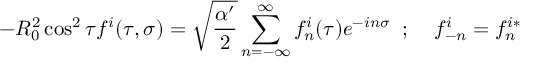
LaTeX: - R _ { 0 } ^ { 2 } \cos ^ { 2 } \tau f ^ { i } ( \tau , \sigma ) = \sqrt { \frac { \alpha ^ { \prime } } { 2 } } \sum _ { n = - \infty } ^ { \infty } f _ { n } ^ { i } ( \tau ) e ^ { - i n \sigma } \; \; ; \; \; \; \; f _ { - n } ^ { i } = f _ { n } ^ { i * }